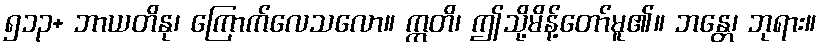
၅၁၃+ ဘာယတိနု၊ ကြောက်လေသလော။ ဣတိ၊ ဤသို့မိန့်တော်မူ၏။ ဘန္တေ၊ ဘုရား။